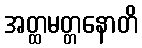
အတ္ထမတ္တနောတိ